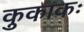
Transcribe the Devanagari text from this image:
कुकाकः